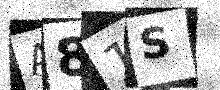
Text: A81S